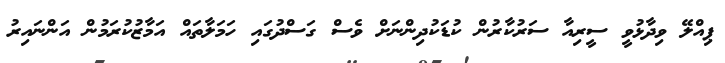
ޕިއްލޭ ވިދާޅުވީ ސީރިއާ ސަރުކާރުން ކުޑަކުދިންނަށް ވެސް ގަސްދުގައި ހަމަލާތައް އަމާޒުކުރަމުން އަންނައިރު